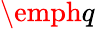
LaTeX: \emph{q}